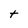
Character: t